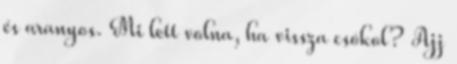
és aranyos. Mi lett volna, ha vissza csókol? Ajj